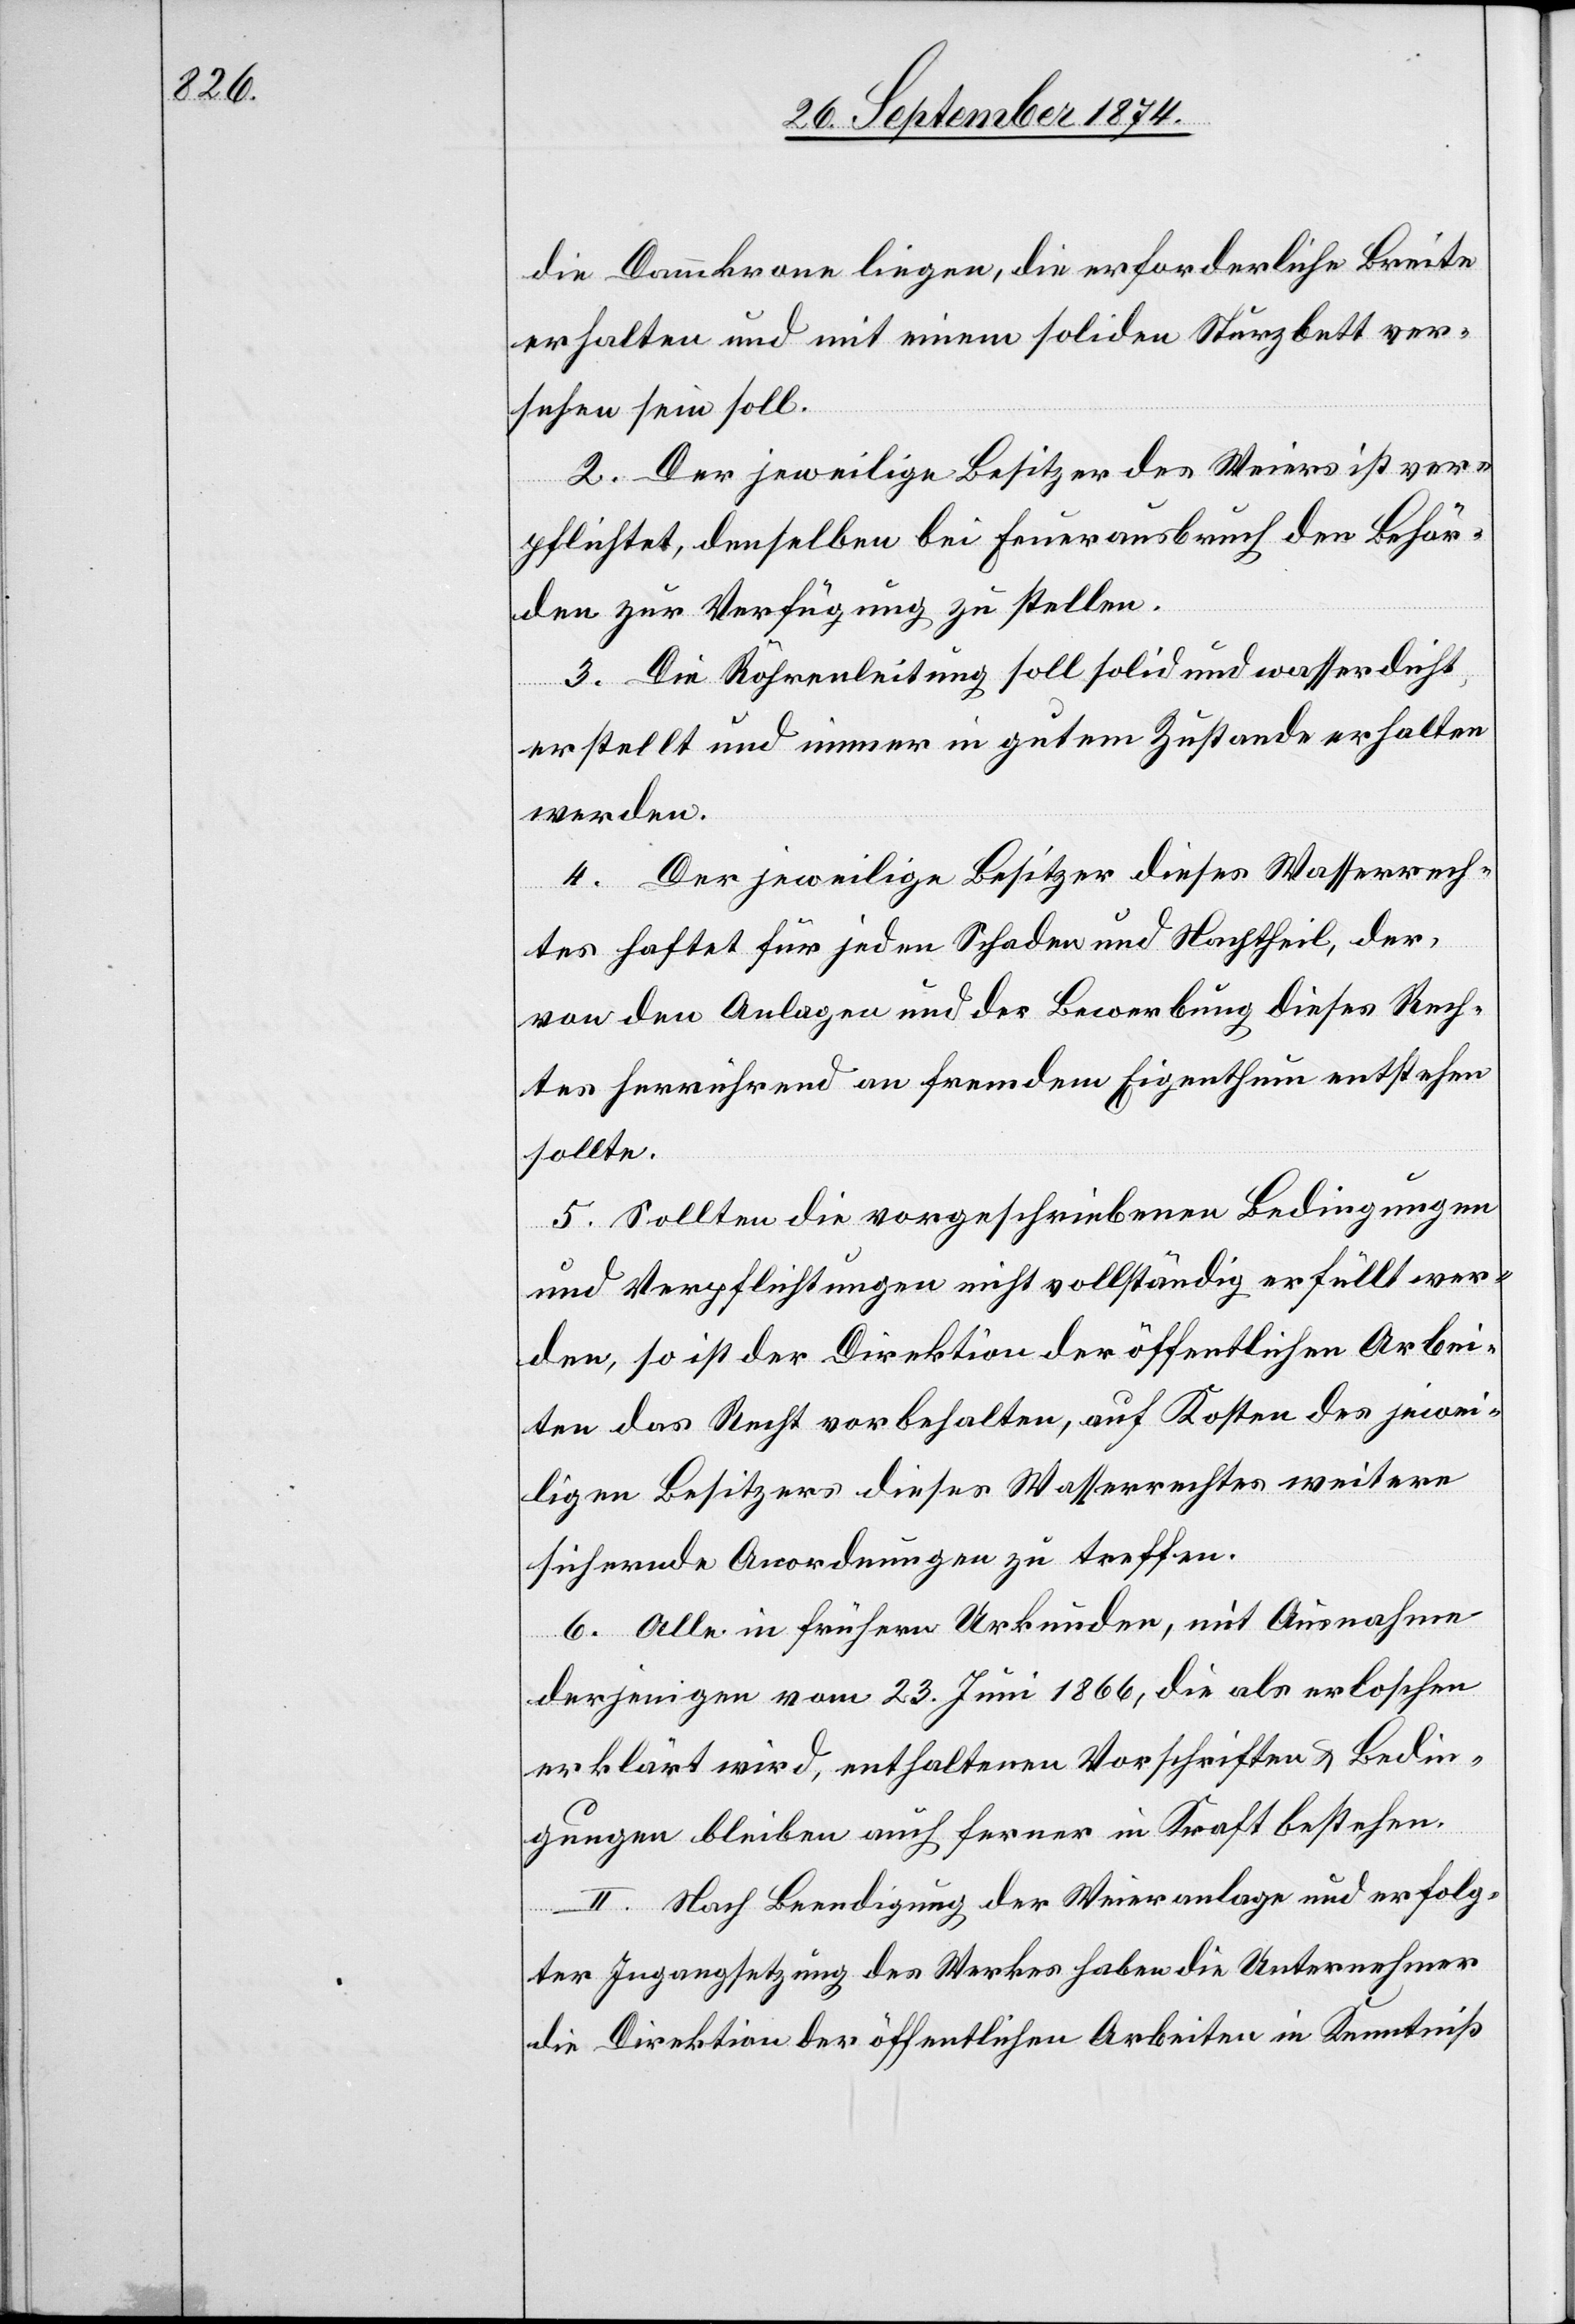
die Dammkrone liegen, die erforderliche Breite
erhalten und mit einem soliden Sturzbett ver¬
sehen sein soll.
2. Der jeweilige Besitzer des Weiers ist ver¬
pflichtet, denselben bei Feuerausbruch den Behör¬
den zur Verfügung zu stellen.
3. Die Röhrenleitung soll solid und wasserdicht
erstellt und immer in gutem Zustande erhalten
werden.
4. Der jeweilige Besitzer dieses Wasserrech¬
tes haftet für jeden Schaden und Nachtheil, der,
von den Anlagen und der Bewerbung dieses Rech¬
tes herrührend an fremdem Eigenthum entstehen
sollte.
5. Sollten die vorgeschriebenen Bedingungen
und Verpflichtungen nicht vollständig erfüllt wer¬
den, so ist der Direktion der öffentlichen Arbei¬
ten das Recht vorbehalten, auf Kosten des jewei¬
ligen Besitzers dieses Wasserrechtes weitere
sichernde Anordnungen zu treffen.
6. Alle in frühern Urkunden, mit Ausnahme
derjenigen vom 23. Juni 1866, die als erloschen
erklärt wird, enthaltenen Vorschriften & Bedin¬
gungen bleiben auch ferner in Kraft bestehen.
II. Nach Beendigung der Weieranlage und erfolg¬
ter Ingangsetzung des Werkes haben die Unternehmer
die Direktion der öffentlichen Arbeiten in Kenntniß